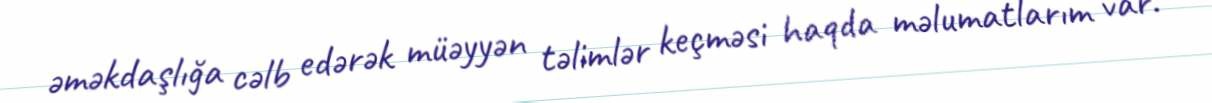
əməkdaşlığa cəlb edərək müəyyən təlimlər keçməsi haqda məlumatlarım var.